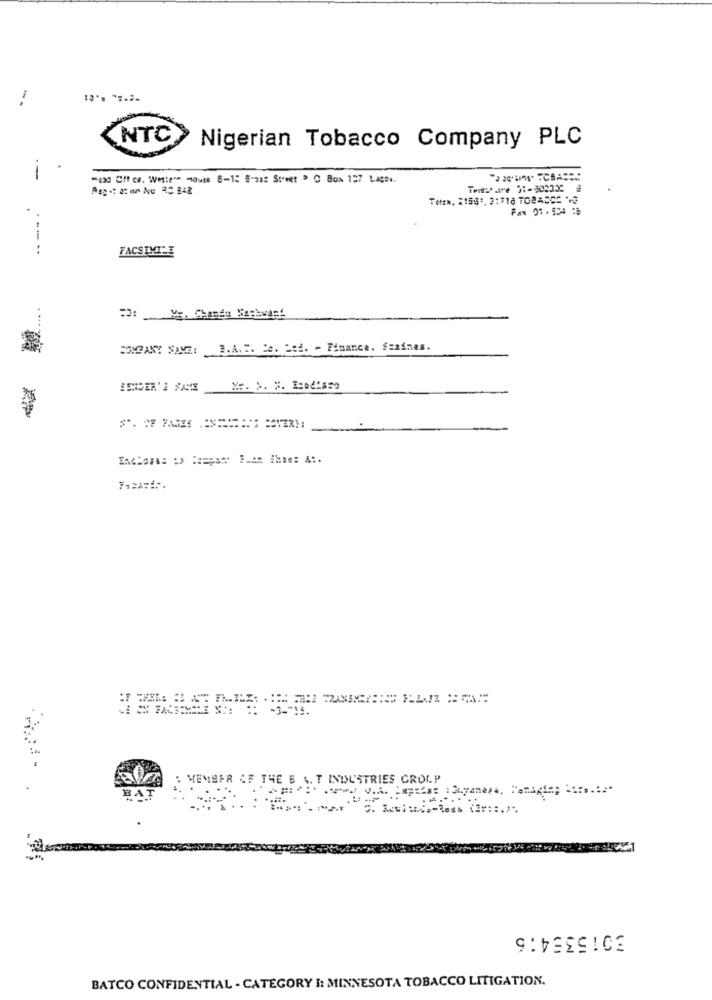
NTC
Nigerian Tobacco Company PLC
-
"exd CIT ce. Wesie" mouse 8-1: #-za: Sweet > 0 Box 127 Liga.
Tetea. 2168'. 2:718 TOBACCE 'S
--
..
FACSIMILE
22: Y ;, Chandu Nachwant
COMPANY SAME: B.A. E. Ce. Let. - Finance. Szaimes.
Enclones po Fozpar F.o: #hme: A :.
: MEMBER OF THE E S. T INDUSTRIES GROLP
BAT
3015354:6
BATCO CONFIDENTIAL - CATEGORY I: MINNESOTA TOBACCO LITIGATION.